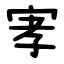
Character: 宯